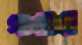
গলাল